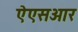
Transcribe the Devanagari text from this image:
ऐएसआर